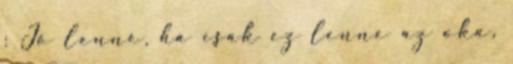
: Jó lenne, ha csak ez lenne az oka,